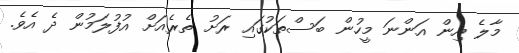
މާލެ އިން އަންނަ މީހުން ބަސްތަކުގައި ރަށު ތެރެއަށް އުފުލަމުން ދެ އެވެ.